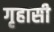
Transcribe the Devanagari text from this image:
गृहासी